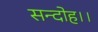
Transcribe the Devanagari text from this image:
सन्‍दोह।।